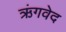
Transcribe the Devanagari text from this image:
ऋंगवेद